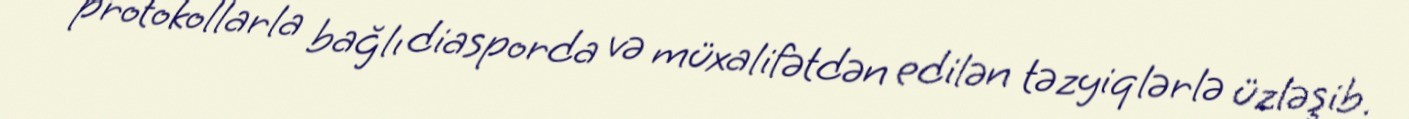
protokollarla bağlı diasporda və müxalifətdən edilən təzyiqlərlə üzləşib.